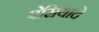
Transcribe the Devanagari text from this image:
पेसियादे